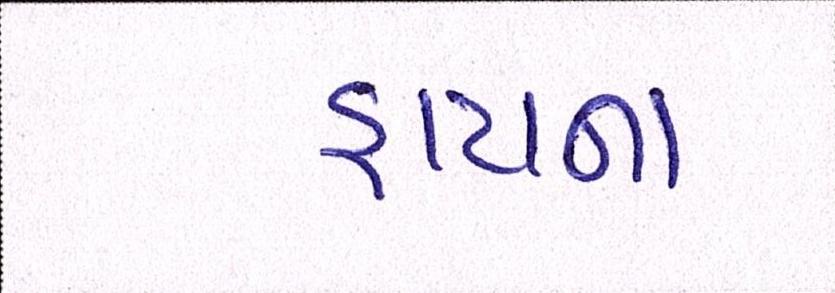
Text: હાયના